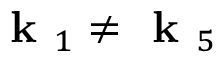
\textbf { k } _ { 1 } \neq \textbf { k } _ { 5 }